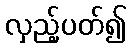
လှည့်ပတ်၍